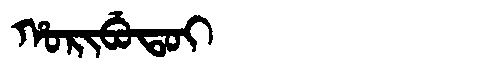
Manchu: ᡥᠣᡵᡳᠪᡠᡨᠣᡳ
Romanization: HORIBUTOI